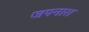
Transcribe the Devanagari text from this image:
जपनारा